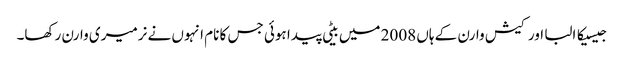
جیسیکا البا اور کیش وارن کے ہاں 2008 میں بیٹی پیدا ہوئی جس کا نام انہوں نے نرمیری وارن رکھا۔